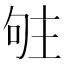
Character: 𠴦